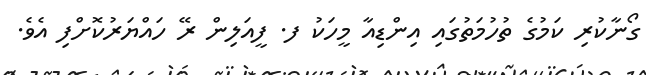
ގޯނާކުރި ކަމުގެ ތުހުމަތުގައި އިންޑިއާ މީހަކު ފ. ފީއަލިން ރޭ ހައްޔަރުކޮށްފި އެވެ.